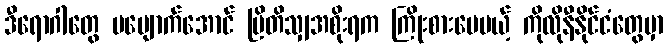
ဒီရောဂါတွေ ပပျောက်အောင် ဗြိတိသျှအစိုးရက ကြိုးစားပေမယ့် ကိုလိုနီနိုင်ငံတွေမှာ